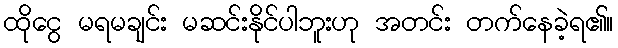
ထိုငွေ မရမချင်း မဆင်းနိုင်ပါဘူးဟု အတင်း တက်နေခဲ့ရ၏။